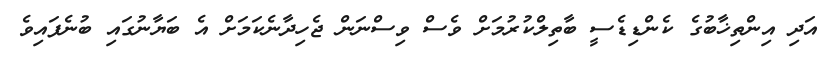
އަދި އިންތިޚާބުގެ ކެންޑިޑެސީ ބާތިލްކުރުމަށް ވެސް ވިސްނަން ޖެހިދާނެކަމަށް އެ ބަޔާނުގައި ބުނެފައިވެ